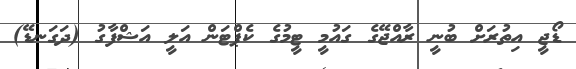
ޑޯޖީ އިތުރަށް ބުނީ ރާއްޖޭގެ ގައުމީ ޓީމުގެ ކެޕްޓަން އަލީ އަޝްފާގު (ދަގަނޑޭ)